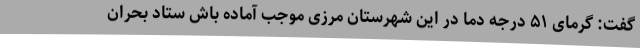
گفت: گرمای ۵۱ درجه دما در این شهرستان مرزی موجب آماده باش ستاد بحران